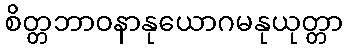
စိတ္တဘာဝနာနုယောဂမနုယုတ္တာ